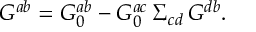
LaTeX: G ^ { a b } = G _ { 0 } ^ { a b } - G _ { 0 } ^ { a c } \, \Sigma _ { c d } \, G ^ { d b } .